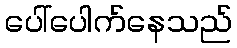
ပေါ်ပေါက်နေသည်